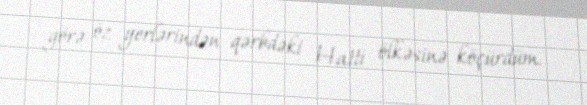
görə öz yerlərindən qərbdəki Hatti ölkəsinə köçürdüm.